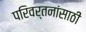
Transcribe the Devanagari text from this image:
परिवर्तनांसाठी